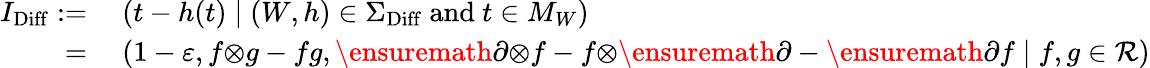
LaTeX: \begin{array}{rl}{I_{\mathrm{Diff}}:=}&{\ (t-h(t)\mid(W,h)\in\Sigma_{\mathrm{Diff}}\mathrm{~and~}t\in M_{W})}\\ {=}&{\ (1-\varepsilon,f{\otimes}g-fg,\ensuremath{\partial}{\otimes}{f}-f{\otimes}\ensuremath{\partial}-\ensuremath{\partial}{f}\mid f,g\in\mathcal{R})}\end{array}